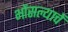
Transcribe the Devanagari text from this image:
भोंसल्याचें